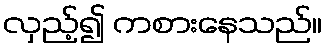
လှည့်၍ ကစားနေသည်။